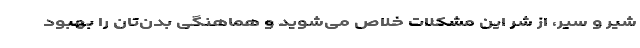
شیر و سیر، از شر این مشکلات خلاص می‌شوید و هماهنگی بدن‌تان را بهبود